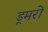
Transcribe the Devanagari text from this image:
ड्रमरों